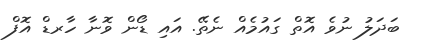
ބަދަލު ނުވެ އޮތް ގައުމެއް ނެތޭ. އައި ޑޯން ވޮނާ ހާރޑް އޮފް